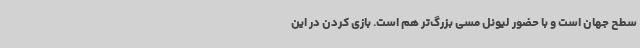
سطح جهان است و با حضور لیونل مسی بزرگ‌تر هم است. بازی کردن در این